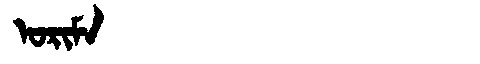
Manchu: ᠣᡵᡳᠮᠠ
Romanization: ORIMA